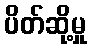
ပိတ်ဆို့မှု